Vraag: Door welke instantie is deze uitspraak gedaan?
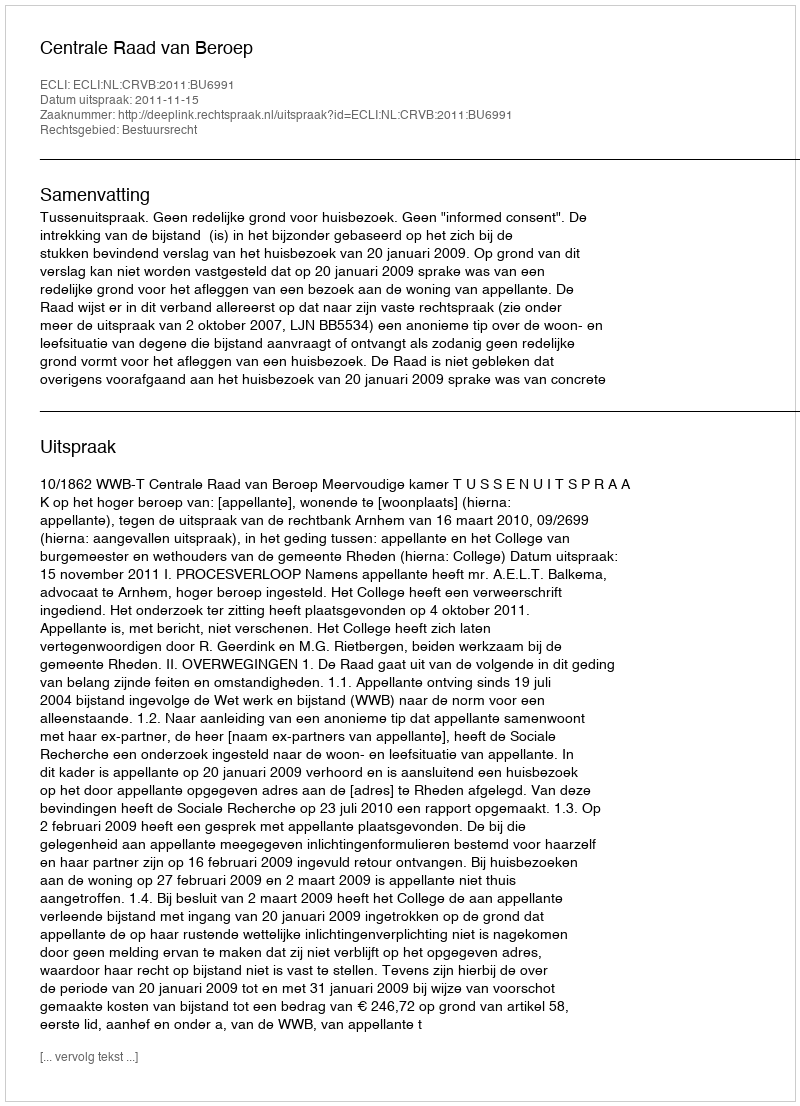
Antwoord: Centrale Raad van Beroep